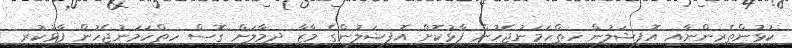
ކުޅުންތެރިންނާއި އޮފިޝަލުން ހިތްހަމަނުޖެހުން ފާޅުކޮށް އޮފިޝަލުންގެ މާޒާ ދިމާލަށް ގޮސް ހިތްހަމަނުޖެހުން ފާޅުކުރި